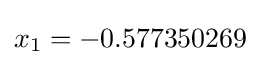
x_{1}=-0.577350269